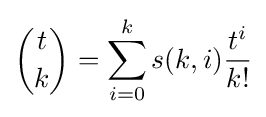
{\binom {t}{k}}=\sum _{i=0}^{k}s(k,i){\frac {t^{i}}{k!}}